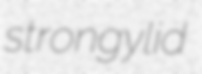
strongylid